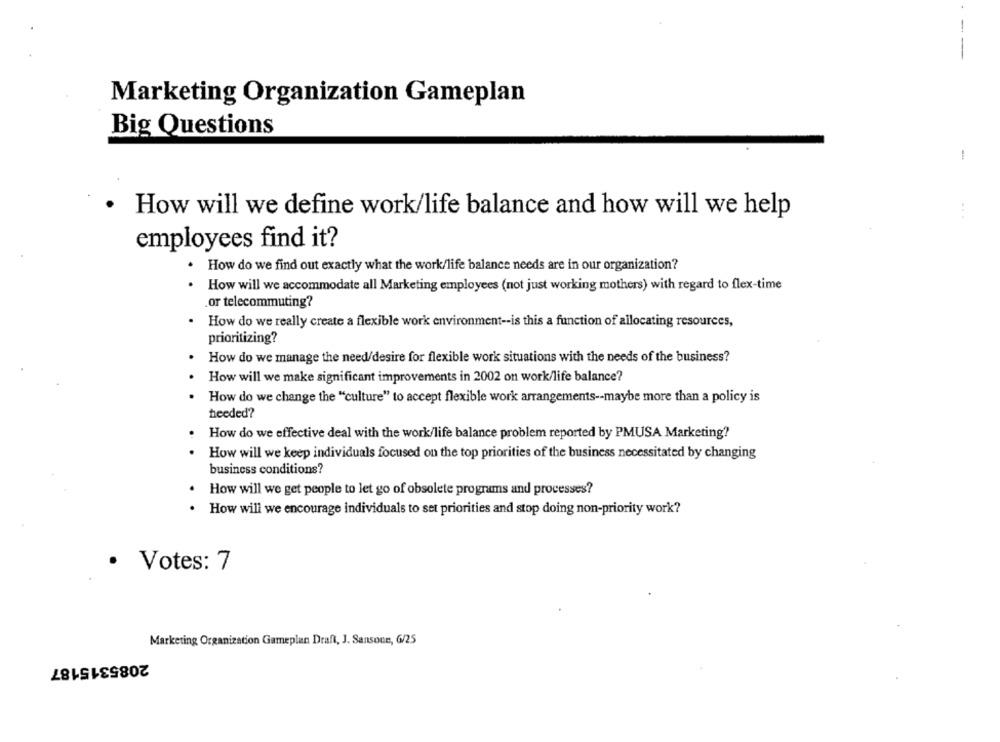
- -
Marketing Organization Gameplan
Big Questions
!
.
How will we define work/life balance and how will we help
employees find it?
. How do we find out exactly what the work/life balance needs are in our organization?
. How will we accommodate all Marketing employees (not just working mothers) with regard to flex-time
or telecommuting?
How do we really create a flexible work environment -- is this a function of allocating resources,
prioritizing?
How do we manage the need/desire for flexible work situations with the needs of the business?
How will we make significant improvements in 2002 on work/life balance?
How do we change the "culture" to accept flexible work arrangements -- maybe more than a policy is
heeded?
How do we effective deal with the work/life balance problem reported by PMUSA Marketing?
How will we keep individuals focused on the top priorities of the business necessitated by changing
business conditions?
. How will we get people to let go of obsolete programs and processes?
.
How will we encourage individuals to set priorities and stop doing non-priority work?
· Votes: 7
Marketing Organization Gameplan Draft, J. Sansone, G/25
2085315187